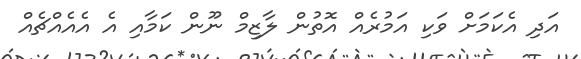
އަދި އެކަމަށް ވަކި އަމުރެއް އޮތުން ލާޒިމް ނޫން ކަމާއި އެ އެއެއްޗެއް